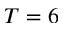
T = 6